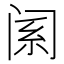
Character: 𬮩